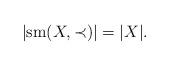
LaTeX: \begin{align*}|\mbox{sm}(X,\prec)|=|X|.\end{align*}